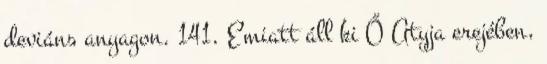
deviáns anyagon. 141. Emiatt áll ki Ő Atyja erejében,